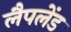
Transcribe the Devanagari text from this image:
लैपलेंड